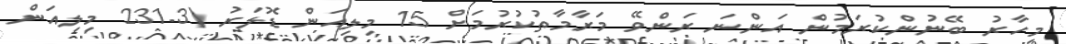
މިހާރު ބޭނުންކުރަމުން އަންނަ ރަންވޭ މަރާމާތުކުރުމަށް 15 މިލިއަން ޑޮލަރު (231.3 މިލިއަން